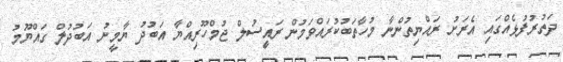
ދަތުރުފުޅެއްގައި އެރަށު ރައްޔިތުންނާ މުހާތަބުކުރައްވަމުން ރައީިސުލް ޖުމްހޫރިއްޔާ އަބުދު ޔާމީނު އަބުދުލް ގައްޔޫމު